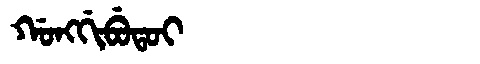
Manchu: ᡤᠣᠩᡤᡳᠪᡠᡨᠣᡳ
Romanization: GONGGIBUTOI